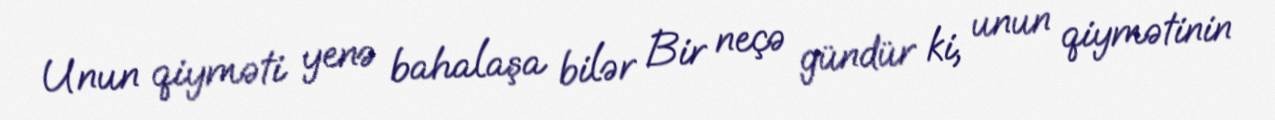
Unun qiyməti yenə bahalaşa bilər Bir neçə gündür ki, unun qiymətinin